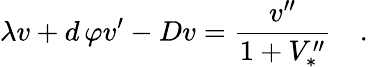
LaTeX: \lambda v+d\, \varphi v^{\prime}-Dv={\frac{v^{\prime\prime}}{1+V_{*}^{\prime\prime}}}\quad.